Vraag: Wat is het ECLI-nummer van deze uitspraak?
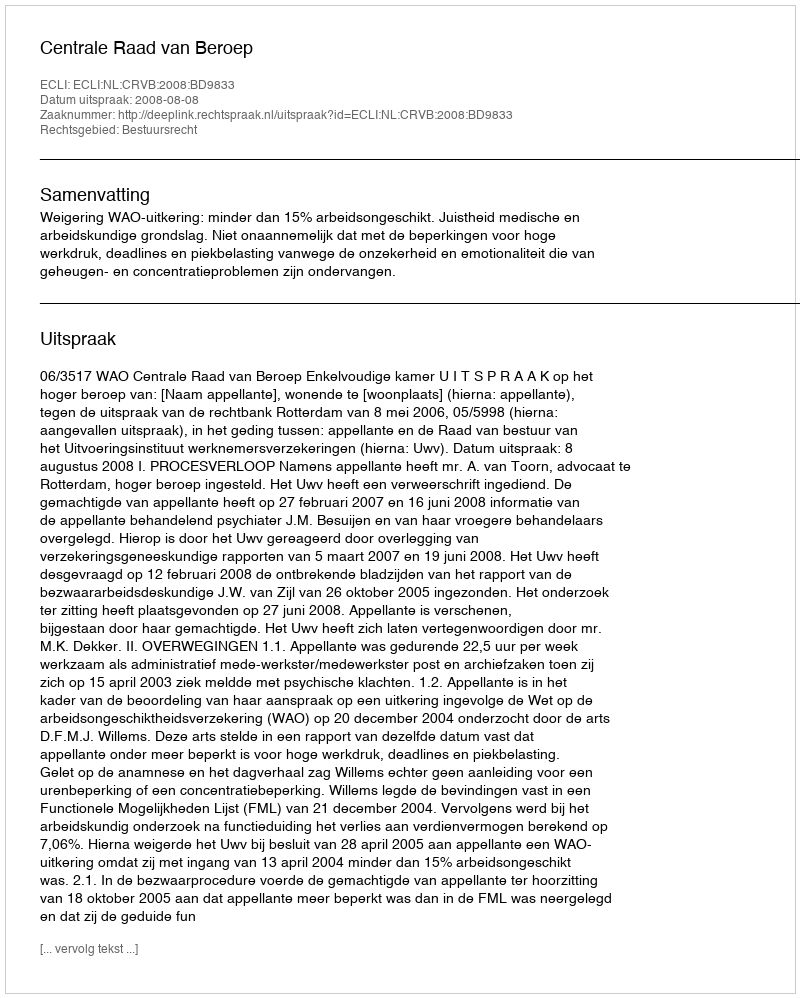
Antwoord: ECLI:NL:CRVB:2008:BD9833